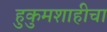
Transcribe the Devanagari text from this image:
हुकुमशाहीचा